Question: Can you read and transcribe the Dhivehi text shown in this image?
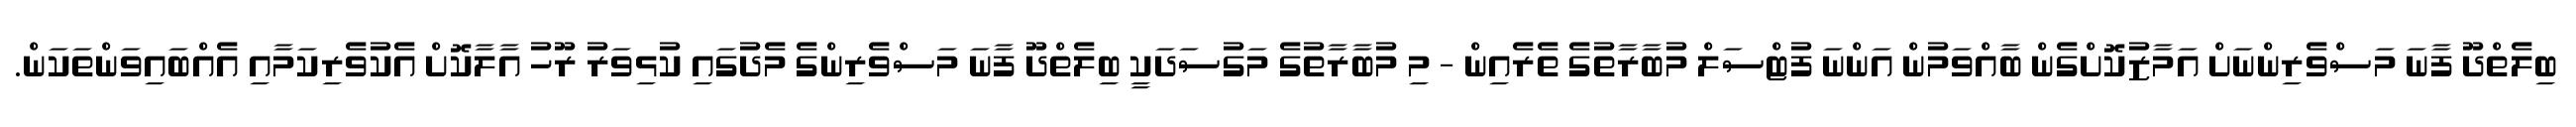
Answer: ބިލެތްދޫ ފާނަ މަސްވެރިންނަށް އަމާޒުކޮށްގެން ބާއްވަމުން އަންނަ ފުޓްސަލް މުބާރާތުގެ ތެރެއިން - މި މުބާރާތުގެ މަގުސަދަކީ ބިލެތްދޫ ފާނަ މަސްވެރިންގެ މެދުގައި ކުޅިވަރު ރޫހު އާލާކޮށް އެކުވެރިކަމާއި އެއްބައިވަންތަކަން.